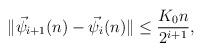
LaTeX: \begin{align*} \begin{aligned} \|\vec{\psi}_{i+1}(n)-\vec{\psi}_{i}(n)\|&\leq \frac{K_0 n}{2^{i+1}}, \end{aligned} \end{align*}